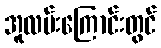
အူလမ်းကြောင်းတွင်